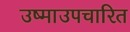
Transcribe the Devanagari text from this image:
उष्माउपचारित